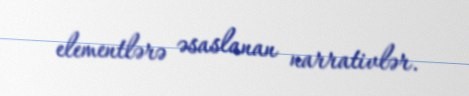
elementlərə əsaslanan narrativlər.